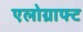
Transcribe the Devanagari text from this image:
एलोग्राफ्ट